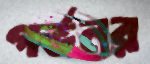
গর্ভনর